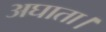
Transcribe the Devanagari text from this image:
अघाता।